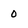
Character: 0